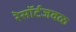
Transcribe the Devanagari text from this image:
रेसॉर्टजवळ